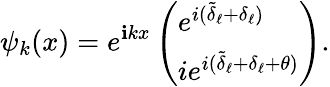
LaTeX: \psi_{k}(x)=e^{\mathbf{i}kx}\left(\begin{array}{l}{{e^{i(\tilde{\delta}_{\ell}+\delta_{\ell})}}}\\ {{ie^{i(\tilde{\delta}_{\ell}+\delta_{\ell}+\theta)}}}\end{array}\right).